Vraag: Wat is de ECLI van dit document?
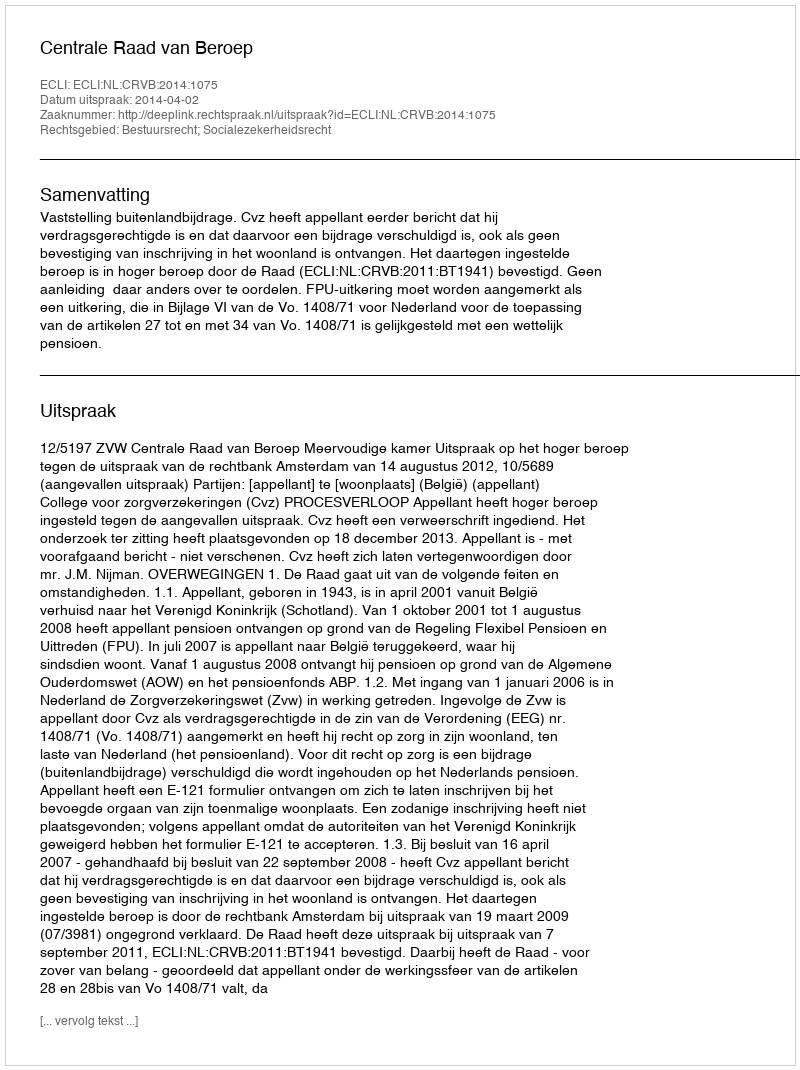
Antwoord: ECLI:NL:CRVB:2014:1075